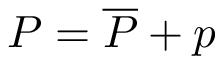
P = \overline { { P } } + p